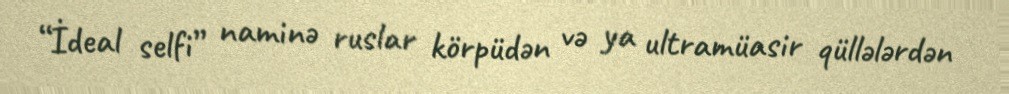
“İdeal selfi” naminə ruslar körpüdən və ya ultramüasir qüllələrdən